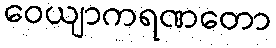
ဝေယျာကရဏတော